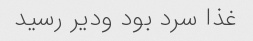
غذا سرد بود ودیر رسید